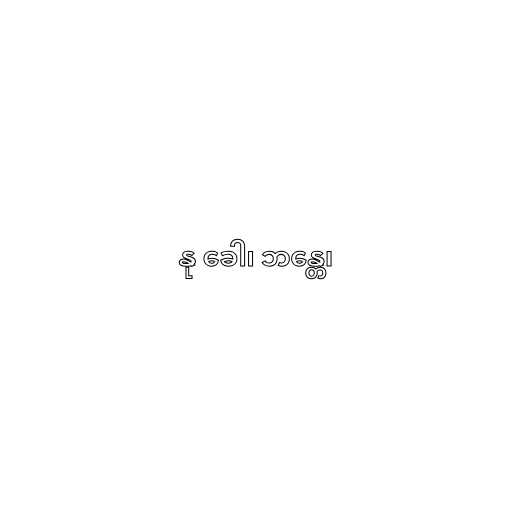
နု ခေါ၊ ဘန္တေ၊